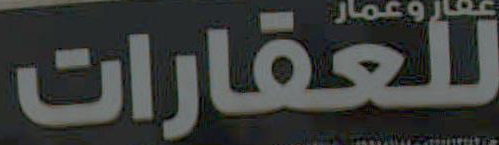
للعقارات